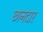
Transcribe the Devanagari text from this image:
छानदार